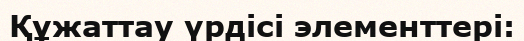
Құжаттау үрдісі элементтері: